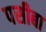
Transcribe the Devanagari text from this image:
पसीबा